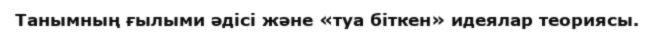
Танымның ғылыми әдісі және «туа біткен» идеялар теориясы.